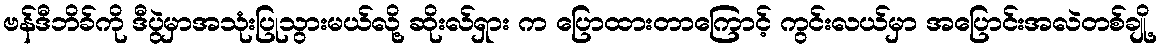
ဗန်ဒီဘိခ်ကို ဒီပွဲမှာအသုံးပြုသွားမယ်လို့ ဆိုးလ်ရှား က ပြောထားတာကြောင့် ကွင်းလယ်မှာ အပြောင်းအလဲတစ်ချို့